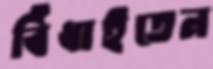
বিঁধাইতেন